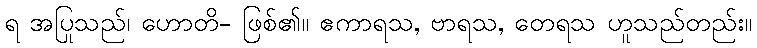
ရ အပြုသည်၊ ဟောတိ- ဖြစ်၏။ ဧကာရသ, ဗာရသ, တေရသ ဟူသည်တည်း။